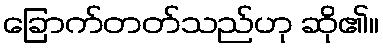
ခြောက်တတ်သည်ဟု ဆို၏။